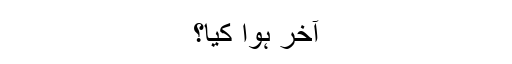
آخر ہوا کیا؟